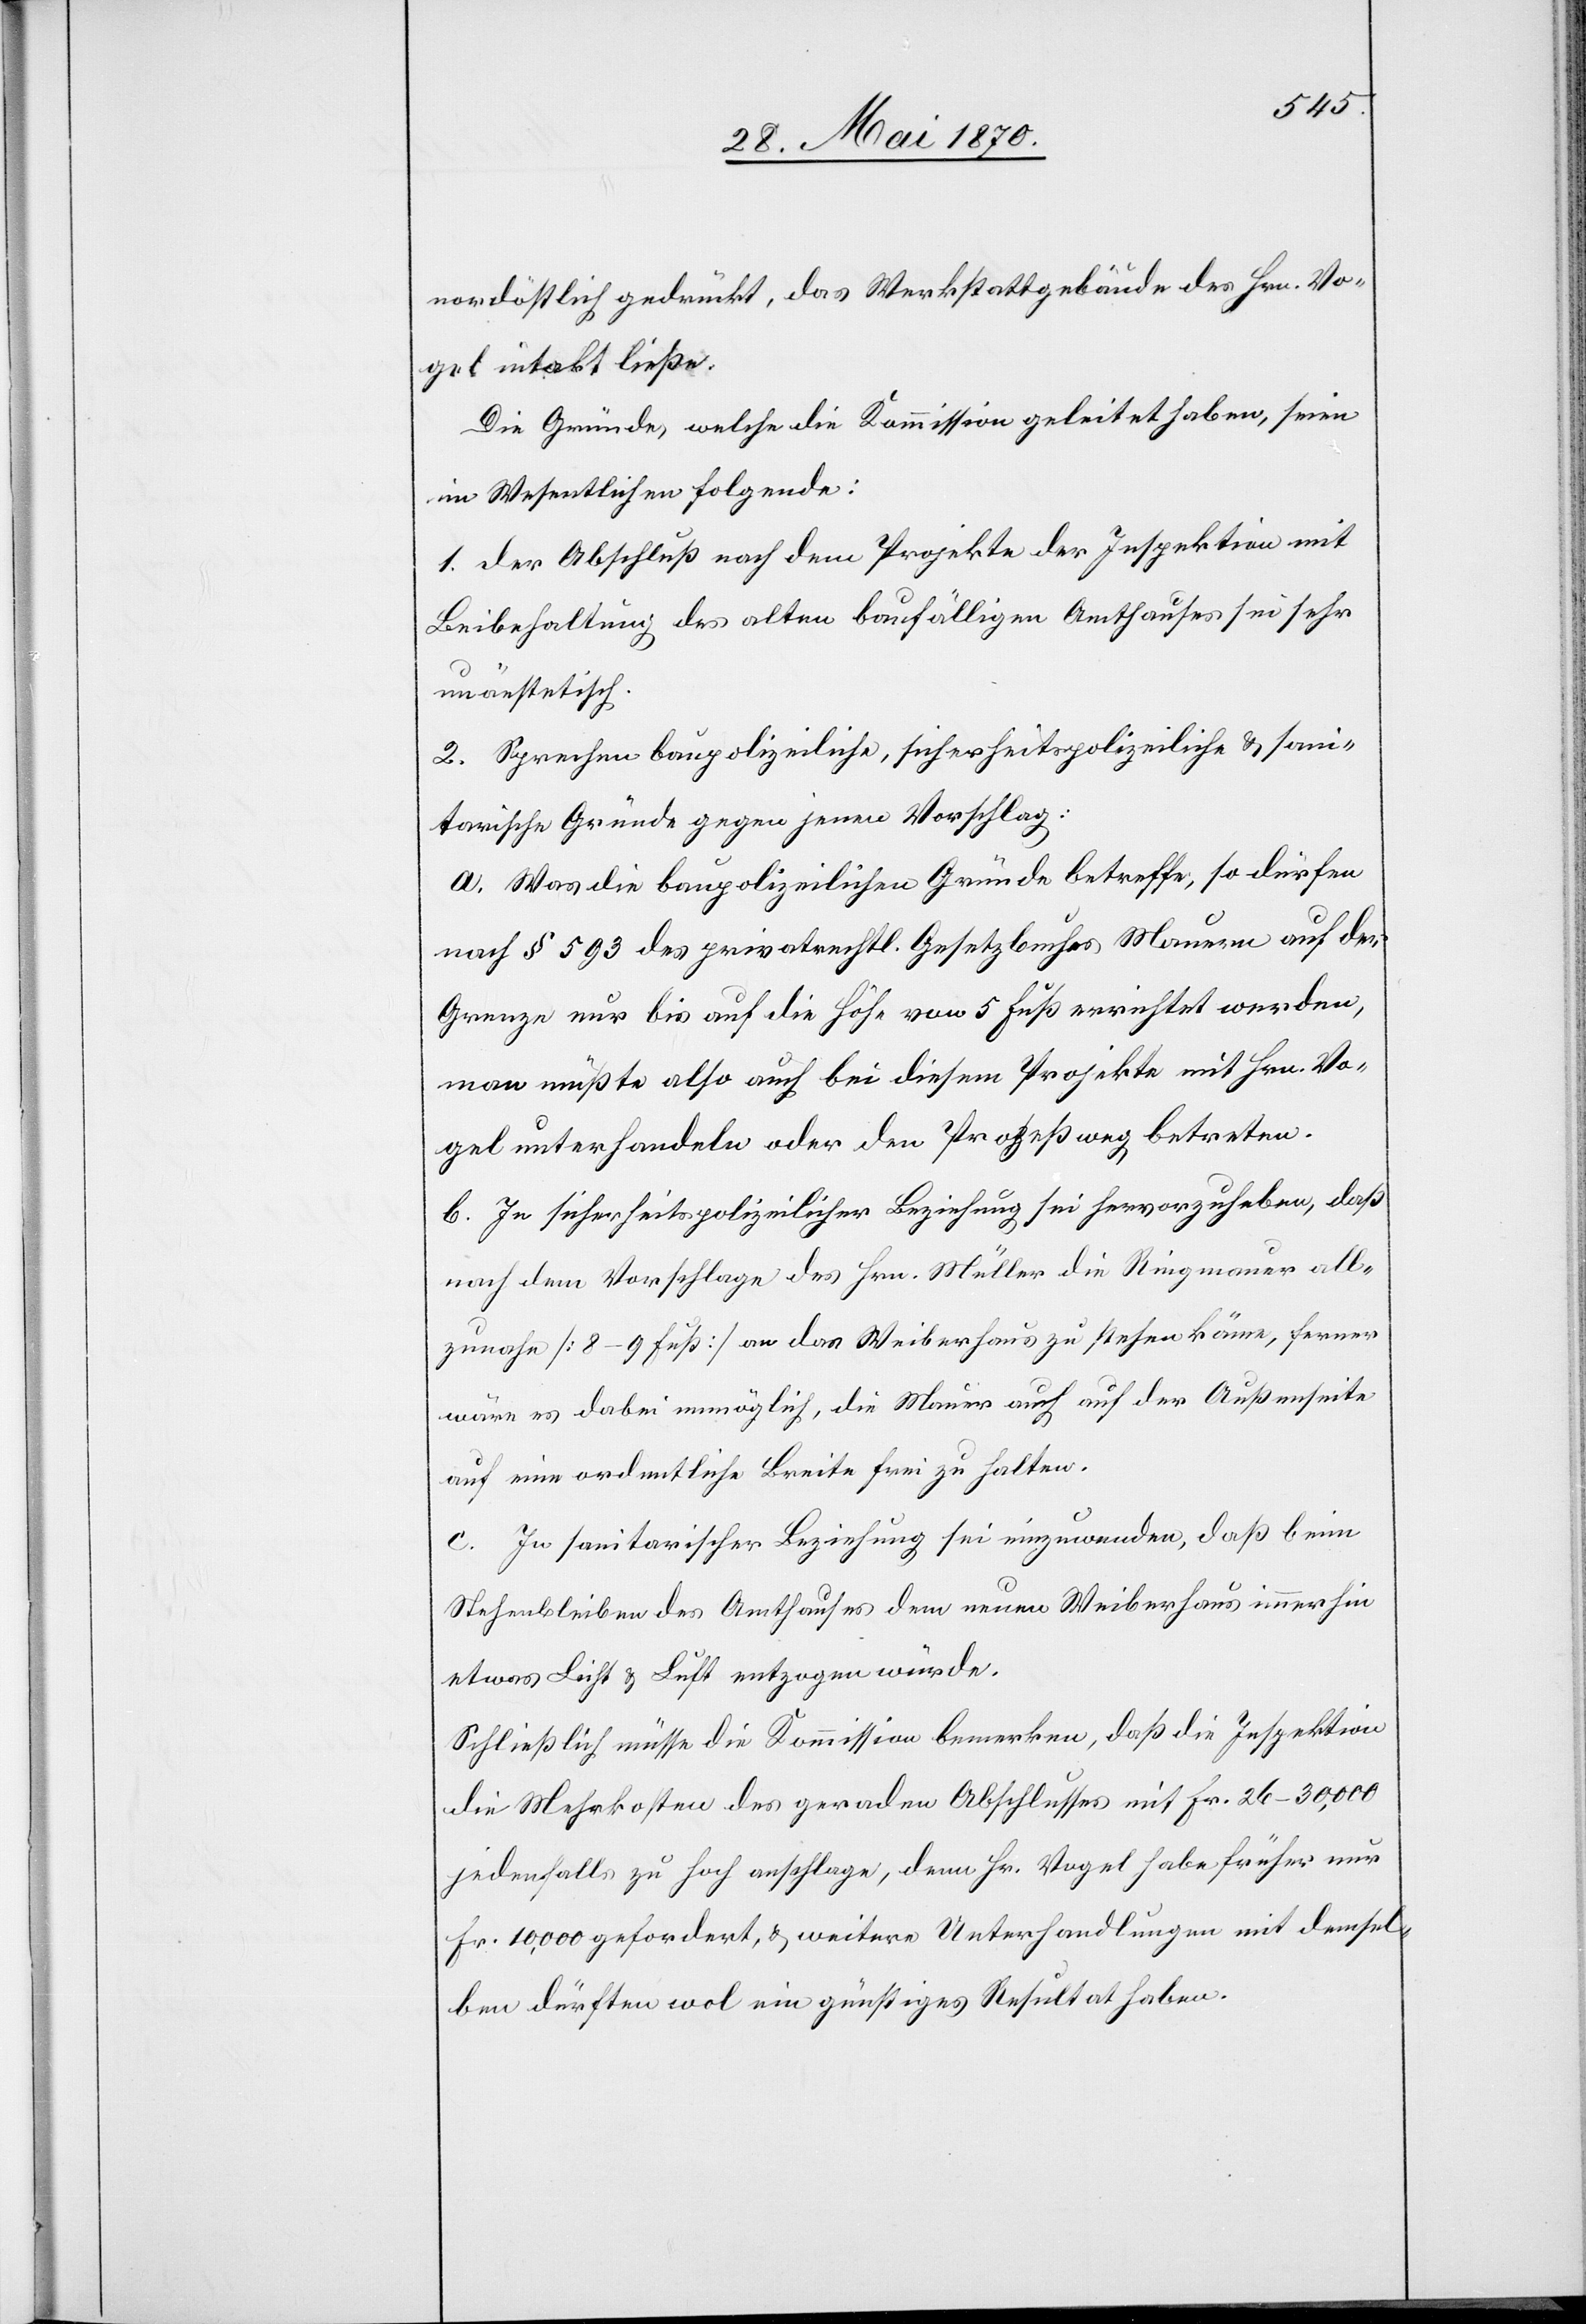
nordöstlich gedrückt, das Werkstattgebäude des Hrn. Vo¬
gel intakt ließe.
Die Gründe, welche die Kommission geleitet haben, seien
im Wesentlichen folgende:
1. der Abschluß nach dem Projekte der Inspektion mit
Beibehaltung des alten baufälligen Amthauses sei sehr
unäestetisch.
2. Sprechen baupolizeiliche, sicherheitspolizeiliche & sani¬
tarische Gründe gegen jenen Vorschlag:
a. Was die baupolizeilichen Gründe betreffe, so dürfen
nach § 593 des privatrechtl. Gesetzbuches Mauern auf der
Grenze nur bis auf die Höhe von 5 Fuß errichtet werden,
man müßte also auch bei diesem Projekte mit Hrn. Vo¬
gel unterhandeln oder den Prozeßweg betreten.
b. In sicherheitspolizeilicher Beziehung sei hervorzuheben, daß
nach dem Vorschlage des Hrn. Müller die Ringmauer all¬
zunahe [8–9 Fuß] an das Weiberhaus zu stehen käme, ferner
wäre es dabei unmöglich, die Mauer auch auf der Außenseite
auf eine ordentliche Breite frei zu halten.
c. In sanitarischer Beziehung sei einzuwenden, daß beim
Stehenbleiben des Amthauses dem neuen Weiberhaus immerhin
etwas Licht & Luft entzogen würde.
Schließlich müsse die Kommission bemerken, daß die Inspektion
die Mehrkosten des geraden Abschlusses mit Fr. 26–30,000
jedenfalls zu hoch anschlage, denn Hr. Vogel habe früher nur
Fr. 10,000 gefordert, & weitere Unterhandlungen mit demsel¬
ben dürften wol ein günstiges Resultat haben.